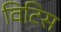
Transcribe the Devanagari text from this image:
विटिस